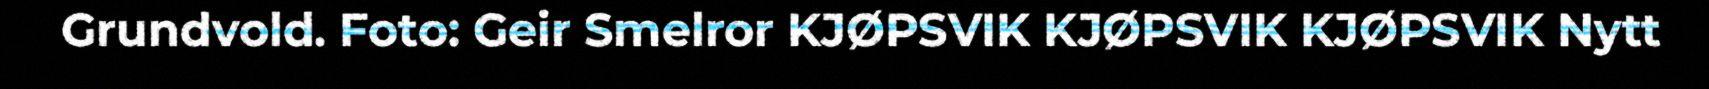
Grundvold. Foto: Geir Smelror KJØPSVIK KJØPSVIK KJØPSVIK Nytt